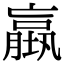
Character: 𡑤